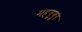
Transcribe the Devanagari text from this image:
महबुबुर